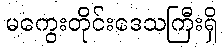
မကွေးတိုင်းဒေသကြီးရှိ